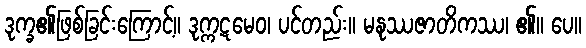
ဒုက္ခ၏ဖြစ်ခြင်းကြောင့်။ ဒုက္ကဋမေဝ၊ ပင်တည်း။ မနုဿဇာတိကဿ၊ ၏။ ပေ။